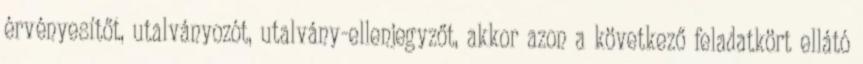
érvényesítőt, utalványozót, utalvány-ellenjegyzőt, akkor azon a következő feladatkört ellátó